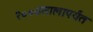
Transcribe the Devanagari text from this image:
२००७सालापर्यंत